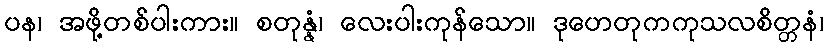
ပန၊ အဖို့တစ်ပါးကား။ စတုန္နံ၊ လေးပါးကုန်သော။ ဒုဟေတုကကုသလစိတ္တနံ၊